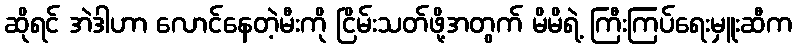
ဆိုရင် အဲဒါဟာ လောင်နေတဲ့မီးကို ငြိမ်းသတ်ဖို့အတွက် မိမိရဲ့ ကြီးကြပ်ရေးမှူးဆီက